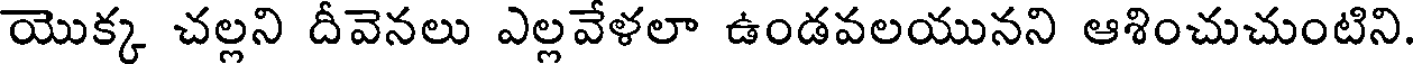
యొక్క చల్లని దీవెనలు ఎల్లవేళలా ఉండవలయునని ఆశించుచుంటిని